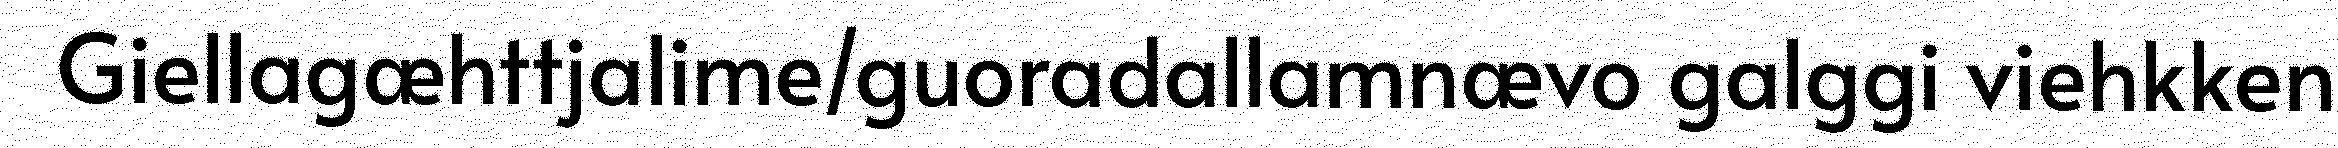
Giellagæhttjalime/guoradallamnævo galggi viehkken